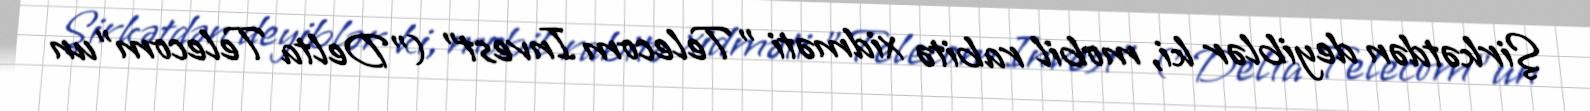
Şirkətdən deyiblər ki, mobil rabitə xidməti "Telecom Invest" ("Delta Telecom"un